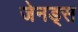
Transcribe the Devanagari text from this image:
जेनड्स